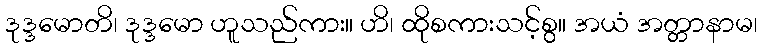
ဒုဒ္ဒမောတိ၊ ဒုဒ္ဒမော ဟူသည်ကား။ ဟိ၊ ထိုစကားသင့်စွ။ အယံ အတ္တာနာမ၊